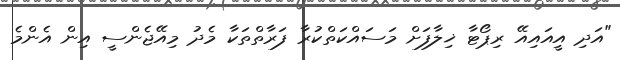
"އަދި އީއައިއޭ ރިޕޯޓާ ޚިލާފަށް މަސައްކަތްކުރާ ފަރާތްތަކާ މެދު މިއޭޖެންސީ އިން އެންމެ